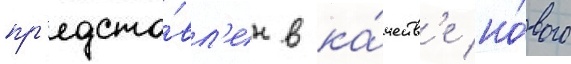
пр'едста́вл'ен в ка́честв'е но́вого